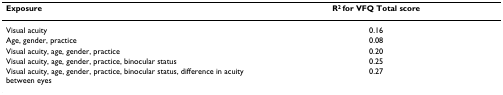
<table><thead><tr><td><b>Exposure</b></td><td><b>R<sup>2 </sup>for VFQ Total score</b></td></tr></thead><tbody><tr><td>Visual acuity</td><td>0.16</td></tr><tr><td>Age, gender, practice</td><td>0.08</td></tr><tr><td>Visual acuity, age, gender, practice</td><td>0.20</td></tr><tr><td>Visual acuity, age, gender, practice, binocular status</td><td>0.25</td></tr><tr><td>Visual acuity, age, gender, practice, binocular status, difference in acuity between eyes</td><td>0.27</td></tr></tbody></table>